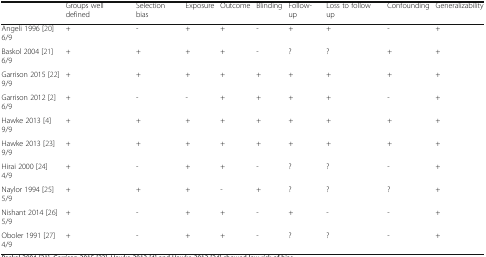
<table><thead><tr><td></td><td><b>Groups well defined</b></td><td><b>Selection bias</b></td><td><b>Exposure</b></td><td><b>Outcome</b></td><td><b>Blinding</b></td><td><b>Follow-up</b></td><td><b>Loss to follow up</b></td><td><b>Confounding</b></td><td><b>Generalizability</b></td></tr></thead><tbody><tr><td>Angeli 1996 [20]6/9</td><td>+</td><td>-</td><td>+</td><td>+</td><td>-</td><td>+</td><td>+</td><td>-</td><td>+</td></tr><tr><td>Baskol 2004 [21]6/9</td><td>+</td><td>+</td><td>+</td><td>+</td><td>-</td><td>?</td><td>?</td><td>+</td><td>+</td></tr><tr><td>Garrison 2015 [22]9/9</td><td>+</td><td>+</td><td>+</td><td>+</td><td>+</td><td>+</td><td>+</td><td>+</td><td>+</td></tr><tr><td>Garrison 2012 [2]6/9</td><td>+</td><td>-</td><td>-</td><td>+</td><td>+</td><td>+</td><td>+</td><td>-</td><td>+</td></tr><tr><td>Hawke 2013 [4]9/9</td><td>+</td><td>+</td><td>+</td><td>+</td><td>+</td><td>+</td><td>+</td><td>+</td><td>+</td></tr><tr><td>Hawke 2013 [23]9/9</td><td>+</td><td>+</td><td>+</td><td>+</td><td>+</td><td>+</td><td>+</td><td>+</td><td>+</td></tr><tr><td>Hirai 2000 [24]4/9</td><td>+</td><td>-</td><td>+</td><td>+</td><td>-</td><td>?</td><td>?</td><td>-</td><td>+</td></tr><tr><td>Naylor 1994 [25]5/9</td><td>+</td><td>+</td><td>+</td><td>-</td><td>+</td><td>?</td><td>?</td><td>?</td><td>+</td></tr><tr><td>Nishant 2014 [26]5/9</td><td>+</td><td>-</td><td>+</td><td>+</td><td>-</td><td>+</td><td>-</td><td>-</td><td>+</td></tr><tr><td>Oboler 1991 [27]4/9</td><td>+</td><td>-</td><td>+</td><td>+</td><td>-</td><td>?</td><td>?</td><td>-</td><td>+</td></tr></tbody></table>